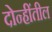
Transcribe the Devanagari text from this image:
दोन्हींतील